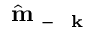
\hat { \mathrm { ~ \bf ~ m ~ } } _ { - \mathrm { ~ \bf ~ k ~ } }